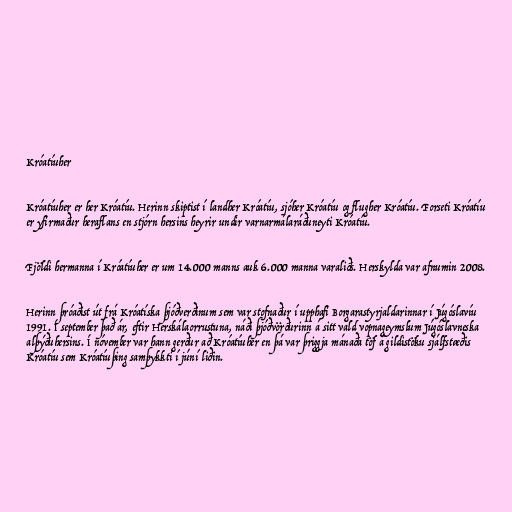
Króatíuher

Króatíuher er her Króatíu. Herinn skiptist í landher Króatíu, sjóher Króatíu og flugher Króatíu. Forseti Króatíu
er yfirmaður heraflans en stjórn hersins heyrir undir varnarmálaráðuneyti Króatíu.

Fjöldi hermanna í Króatíuher er um 14.000 manns auk 6.000 manna varaliðs. Herskylda var afnumin 2008.

Herinn þróaðist út frá Króatíska þjóðverðinum sem var stofnaður í upphafi Borgarastyrjaldarinnar í Júgóslavíu
1991. Í september það ár, eftir Herskálaorrustuna, náði þjóðvörðurinn á sitt vald vopnageymslum Júgóslavneska
alþýðuhersins. Í nóvember var hann gerður að Króatíuher en þá var þriggja mánaða töf á gildistöku sjálfstæðis
Króatíu sem Króatíuþing samþykkti í júní liðin.